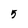
Character: 5